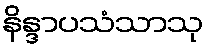
နိန္ဒာပသံသာသု